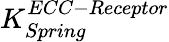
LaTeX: K_{Spring}^{ECC-Receptor}